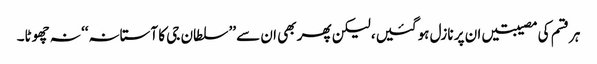
ہر قسم کی مصیبتیں ان پر نازل ہوگئیں، لیکن پھر بھی ان سے ’’سلطان جی کا آستانہ‘‘ نہ چھوٹا۔